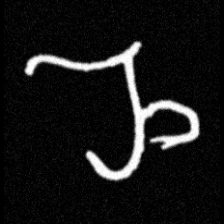
Pyu character \u2014 Myanmar letter: ည (romanized: nya)